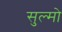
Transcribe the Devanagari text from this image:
सुल्मो